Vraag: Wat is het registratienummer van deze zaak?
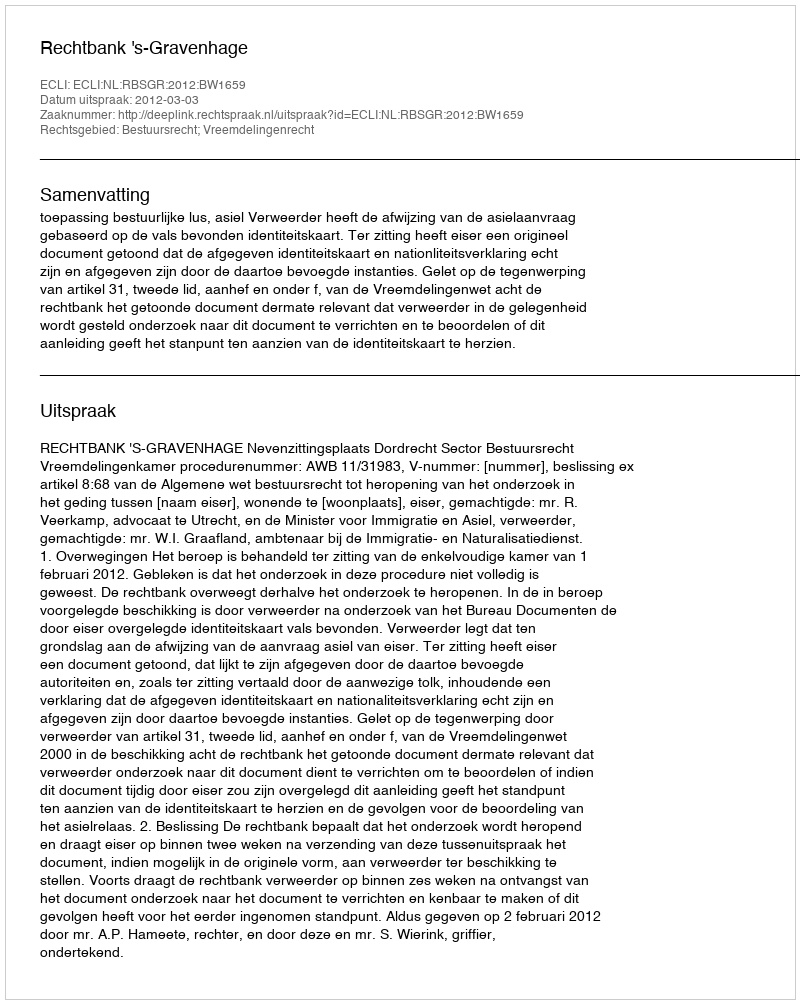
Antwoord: http://deeplink.rechtspraak.nl/uitspraak?id=ECLI:NL:RBSGR:2012:BW1659